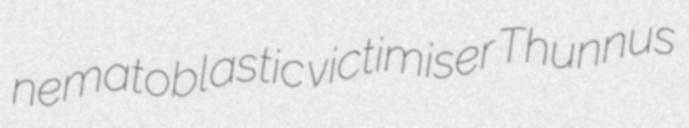
nematoblastic victimiser Thunnus